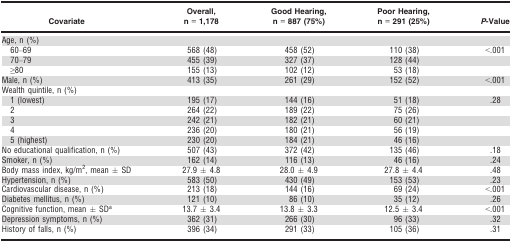
<table><thead><tr><td><b>Covariate</b></td><td><b>Overall, n = 1,178</b></td><td><b>Good Hearing, n = 887 (75%)</b></td><td><b>Poor Hearing, n = 291 (25%)</b></td><td><b><i>P</i>‐Value</b></td></tr></thead><tbody><tr><td colspan="5">Age, n (%)</td></tr><tr><td>60–69</td><td>568 (48)</td><td>458 (52)</td><td>110 (38)</td><td>&lt;.001</td></tr><tr><td>70–79</td><td>455 (39)</td><td>327 (37)</td><td>128 (44)</td><td></td></tr><tr><td>≥80</td><td>155 (13)</td><td>102 (12)</td><td>53 (18)</td><td></td></tr><tr><td>Male, n (%)</td><td>413 (35)</td><td>261 (29)</td><td>152 (52)</td><td>&lt;.001</td></tr><tr><td colspan="5">Wealth quintile, n (%)</td></tr><tr><td>1 (lowest)</td><td>195 (17)</td><td>144 (16)</td><td>51 (18)</td><td>.28</td></tr><tr><td>2</td><td>264 (22)</td><td>189 (22)</td><td>75 (26)</td><td></td></tr><tr><td>3</td><td>242 (21)</td><td>182 (21)</td><td>60 (21)</td><td></td></tr><tr><td>4</td><td>236 (20)</td><td>180 (21)</td><td>56 (19)</td><td></td></tr><tr><td>5 (highest)</td><td>230 (20)</td><td>184 (21)</td><td>46 (16)</td><td></td></tr><tr><td>No educational qualification, n (%)</td><td>507 (43)</td><td>372 (42)</td><td>135 (46)</td><td>.18</td></tr><tr><td>Smoker, n (%)</td><td>162 (14)</td><td>116 (13)</td><td>46 (16)</td><td>.24</td></tr><tr><td>Body mass index, kg/m<sup>2</sup>, mean ± SD</td><td>27.9 ± 4.8</td><td>28.0 ± 4.9</td><td>27.8 ± 4.4</td><td>.48</td></tr><tr><td>Hypertension, n (%)</td><td>583 (50)</td><td>430 (49)</td><td>153 (53)</td><td>.23</td></tr><tr><td>Cardiovascular disease, n (%)</td><td>213 (18)</td><td>144 (16)</td><td>69 (24)</td><td>&lt;.001</td></tr><tr><td>Diabetes mellitus, n (%)</td><td>121 (10)</td><td>86 (10)</td><td>35 (12)</td><td>.26</td></tr><tr><td>Cognitive function, mean ± SDa</td><td>13.7 ± 3.4</td><td>13.8 ± 3.3</td><td>12.5 ± 3.4</td><td>&lt;.001</td></tr><tr><td>Depression symptoms, n (%)</td><td>362 (31)</td><td>266 (30)</td><td>96 (33)</td><td>.32</td></tr><tr><td>History of falls, n (%)</td><td>396 (34)</td><td>291 (33)</td><td>105 (36)</td><td>.31</td></tr></tbody></table>